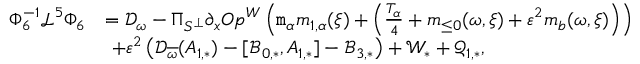
\begin{array} { r l } { \Phi _ { 6 } ^ { - 1 } \mathcal { L } ^ { 5 } \Phi _ { 6 } } & { = \mathcal { D } _ { \omega } - \Pi _ { S ^ { \perp } } \partial _ { x } O p ^ { W } \left( \mathtt { m } _ { \alpha } m _ { 1 , \alpha } ( \xi ) + \left( \frac { T _ { \alpha } } 4 + \mathfrak { m } _ { \le 0 } ( \omega , \xi ) + \varepsilon ^ { 2 } \mathfrak { m } _ { \mathfrak { b } } ( \omega , \xi ) \right) \right) } \\ & { \ + \varepsilon ^ { 2 } \left( \mathcal { D } _ { \overline { { \omega } } } ( A _ { 1 , * } ) - [ \mathcal { B } _ { 0 , * } , A _ { 1 , * } ] - \mathcal { B } _ { 3 , * } \right) + \mathcal { W } _ { * } + \mathcal { Q } _ { 1 , * } , } \end{array}